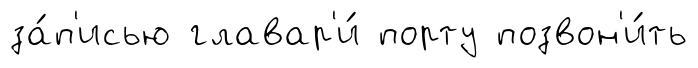
за́п'исью главар'и́ порту позвон'и́ть